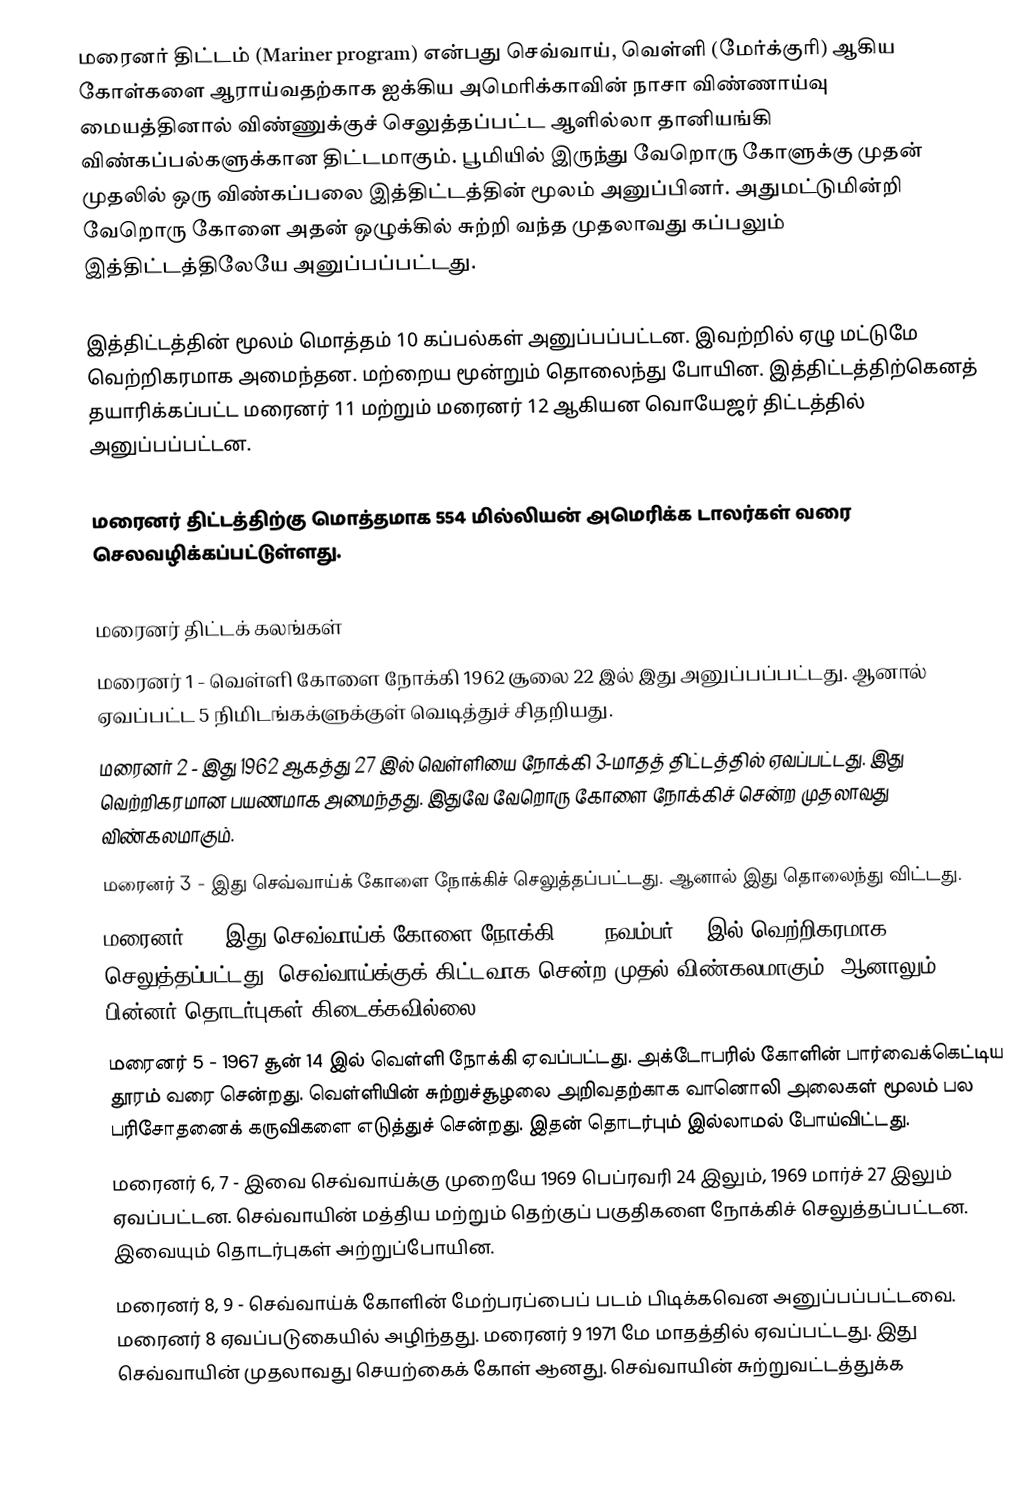
மரைனர் திட்டம் (Mariner program) என்பது செவ்வாய், வெள்ளி (மேர்க்குரி) ஆகிய கோள்களை ஆராய்வதற்காக ஐக்கிய அமெரிக்காவின் நாசா விண்ணாய்வு மையத்தினால் விண்ணுக்குச் செலுத்தப்பட்ட ஆளில்லா தானியங்கி விண்கப்பல்களுக்கான திட்டமாகும். பூமியில் இருந்து வேறொரு கோளுக்கு முதன் முதலில் ஒரு விண்கப்பலை இத்திட்டத்தின் மூலம் அனுப்பினர். அதுமட்டுமின்றி வேறொரு கோளை அதன் ஒழுக்கில் சுற்றி வந்த முதலாவது கப்பலும் இத்திட்டத்திலேயே அனுப்பப்பட்டது.

இத்திட்டத்தின் மூலம் மொத்தம் 10 கப்பல்கள் அனுப்பப்பட்டன. இவற்றில் ஏழு மட்டுமே வெற்றிகரமாக அமைந்தன. மற்றைய மூன்றும் தொலைந்து போயின. இத்திட்டத்திற்கெனத் தயாரிக்கப்பட்ட மரைனர் 11 மற்றும் மரைனர் 12 ஆகியன வொயேஜர் திட்டத்தில் அனுப்பப்பட்டன.

மரைனர் திட்டத்திற்கு மொத்தமாக 554 மில்லியன் அமெரிக்க டாலர்கள் வரை செலவழிக்கப்பட்டுள்ளது.

மரைனர் திட்டக் கலங்கள்
 மரைனர் 1 - வெள்ளி கோளை நோக்கி 1962 சூலை 22 இல் இது அனுப்பப்பட்டது. ஆனால் ஏவப்பட்ட 5 நிமிடங்கக்ளுக்குள் வெடித்துச் சிதறியது.
 மரைனர் 2 - இது 1962 ஆகத்து 27 இல் வெள்ளியை நோக்கி 3-மாதத் திட்டத்தில் ஏவப்பட்டது. இது வெற்றிகரமான பயணமாக அமைந்தது. இதுவே வேறொரு கோளை நோக்கிச் சென்ற முதலாவது விண்கலமாகும்.
 மரைனர் 3 - இது செவ்வாய்க் கோளை நோக்கிச் செலுத்தப்பட்டது. ஆனால் இது தொலைந்து விட்டது.
 மரைனர் 4 - இது செவ்வாய்க் கோளை நோக்கி 1964 நவம்பர் 28 இல் வெற்றிகரமாக செலுத்தப்பட்டது. செவ்வாய்க்குக் கிட்டவாக சென்ற முதல் விண்கலமாகும். ஆனாலும் பின்னர் தொடர்புகள் கிடைக்கவில்லை.
 மரைனர் 5 - 1967 சூன் 14 இல் வெள்ளி நோக்கி ஏவப்பட்டது. அக்டோபரில் கோளின் பார்வைக்கெட்டிய தூரம் வரை சென்றது. வெள்ளியின் சுற்றுச்சூழலை அறிவதற்காக வானொலி அலைகள் மூலம் பல பரிசோதனைக் கருவிகளை எடுத்துச் சென்றது. இதன் தொடர்பும் இல்லாமல் போய்விட்டது.
 மரைனர் 6, 7 - இவை செவ்வாய்க்கு முறையே 1969 பெப்ரவரி 24 இலும், 1969 மார்ச் 27 இலும் ஏவப்பட்டன. செவ்வாயின் மத்திய மற்றும் தெற்குப் பகுதிகளை நோக்கிச் செலுத்தப்பட்டன. இவையும் தொடர்புகள் அற்றுப்போயின.
 மரைனர் 8, 9 - செவ்வாய்க் கோளின் மேற்பரப்பைப் படம் பிடிக்கவென அனுப்பப்பட்டவை. மரைனர் 8 ஏவப்படுகையில் அழிந்தது. மரைனர் 9 1971 மே மாதத்தில் ஏவப்பட்டது. இது செவ்வாயின் முதலாவது செயற்கைக் கோள் ஆனது. செவ்வாயின் சுற்றுவட்டத்துக்க